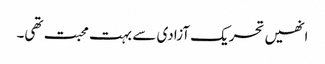
انھیں تحریک آزادی سے بہت محبت تھی۔